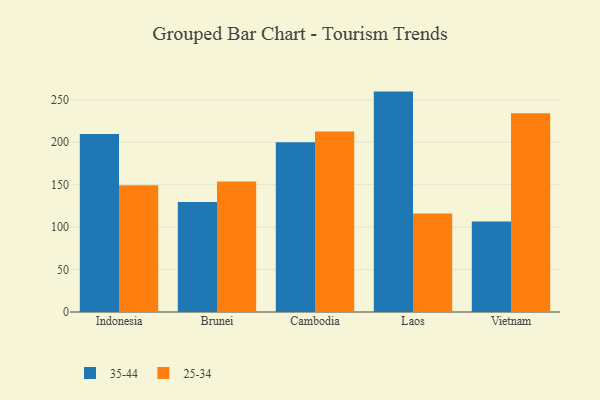
{"axis": {"x": "Country", "y": "Headcount"}, "legend": ["25-34", "35-44"], "data": [{"x": "Indonesia", "y": 209.7, "type": "35-44"}, {"x": "Indonesia", "y": 149.2, "type": "25-34"}, {"x": "Brunei", "y": 129.7, "type": "35-44"}, {"x": "Brunei", "y": 153.6, "type": "25-34"}, {"x": "Cambodia", "y": 199.9, "type": "35-44"}, {"x": "Cambodia", "y": 212.7, "type": "25-34"}, {"x": "Laos", "y": 259.6, "type": "35-44"}, {"x": "Laos", "y": 116.0, "type": "25-34"}, {"x": "Vietnam", "y": 106.7, "type": "35-44"}, {"x": "Vietnam", "y": 234.2, "type": "25-34"}]}